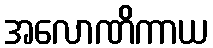
အလောဏိကာယ